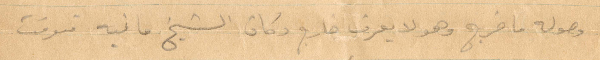
وضوله ما خرج وهو لا عرف خارج دكان الشيخ ما فيه توقت